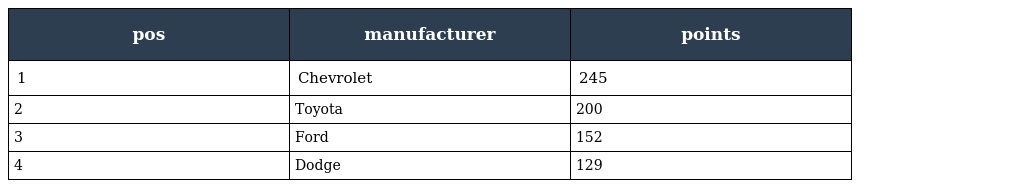
| pos | manufacturer | points |
 | --- | --- | --- |
 | 1 | Chevrolet | 245 |
 | 2 | Toyota | 200 |
 | 3 | Ford | 152 |
 | 4 | Dodge | 129 |